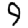
Digit: 9